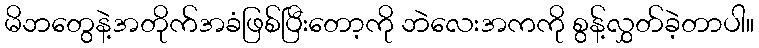
မိဘတွေနဲ့အတိုက်အခံဖြစ်ပြီးတော့ကို ဘဲလေးအကကို စွန့်လွှတ်ခဲ့တာပါ။